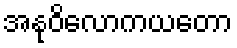
အနုဝိလောကယတော